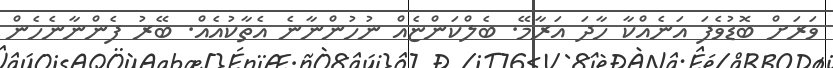
ވަރަށް ބޮޑުވެފަ އަނެއްކާ ހާދަ އަރާމޭ. ބެލްކަންޏެއް ނުހުންނާނެ އެތާކުއެއް. ބޭރު ފެންނާނެހެން